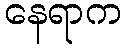
နေရာက